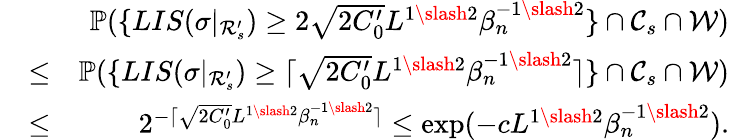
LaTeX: \begin{array}{rlr}&{}&{\mathbb{P}(\{ LIS(\sigma|_{\mathcal{R}_{s}^{\prime}})\geq 2\sqrt{2C_{0}^{\prime}}L^{1\slash 2}\beta_{n}^{-1\slash 2}\} \cap\mathcal{C}_{s}\cap\mathcal{W})}\\ &{\leq}&{\mathbb{P}(\{ LIS(\sigma|_{\mathcal{R}_{s}^{\prime}})\geq\lceil\sqrt{2C_{0}^{\prime}}L^{1\slash 2}\beta_{n}^{-1\slash 2}\rceil\} \cap\mathcal{C}_{s}\cap\mathcal{W})}\\ &{\leq}&{2^{-\lceil\sqrt{2C_{0}^{\prime}}L^{1\slash 2}\beta_{n}^{-1\slash 2}\rceil}\leq\exp(-cL^{1\slash 2}\beta_{n}^{-1\slash 2}).}\end{array}